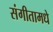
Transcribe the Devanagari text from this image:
संगीतामधे